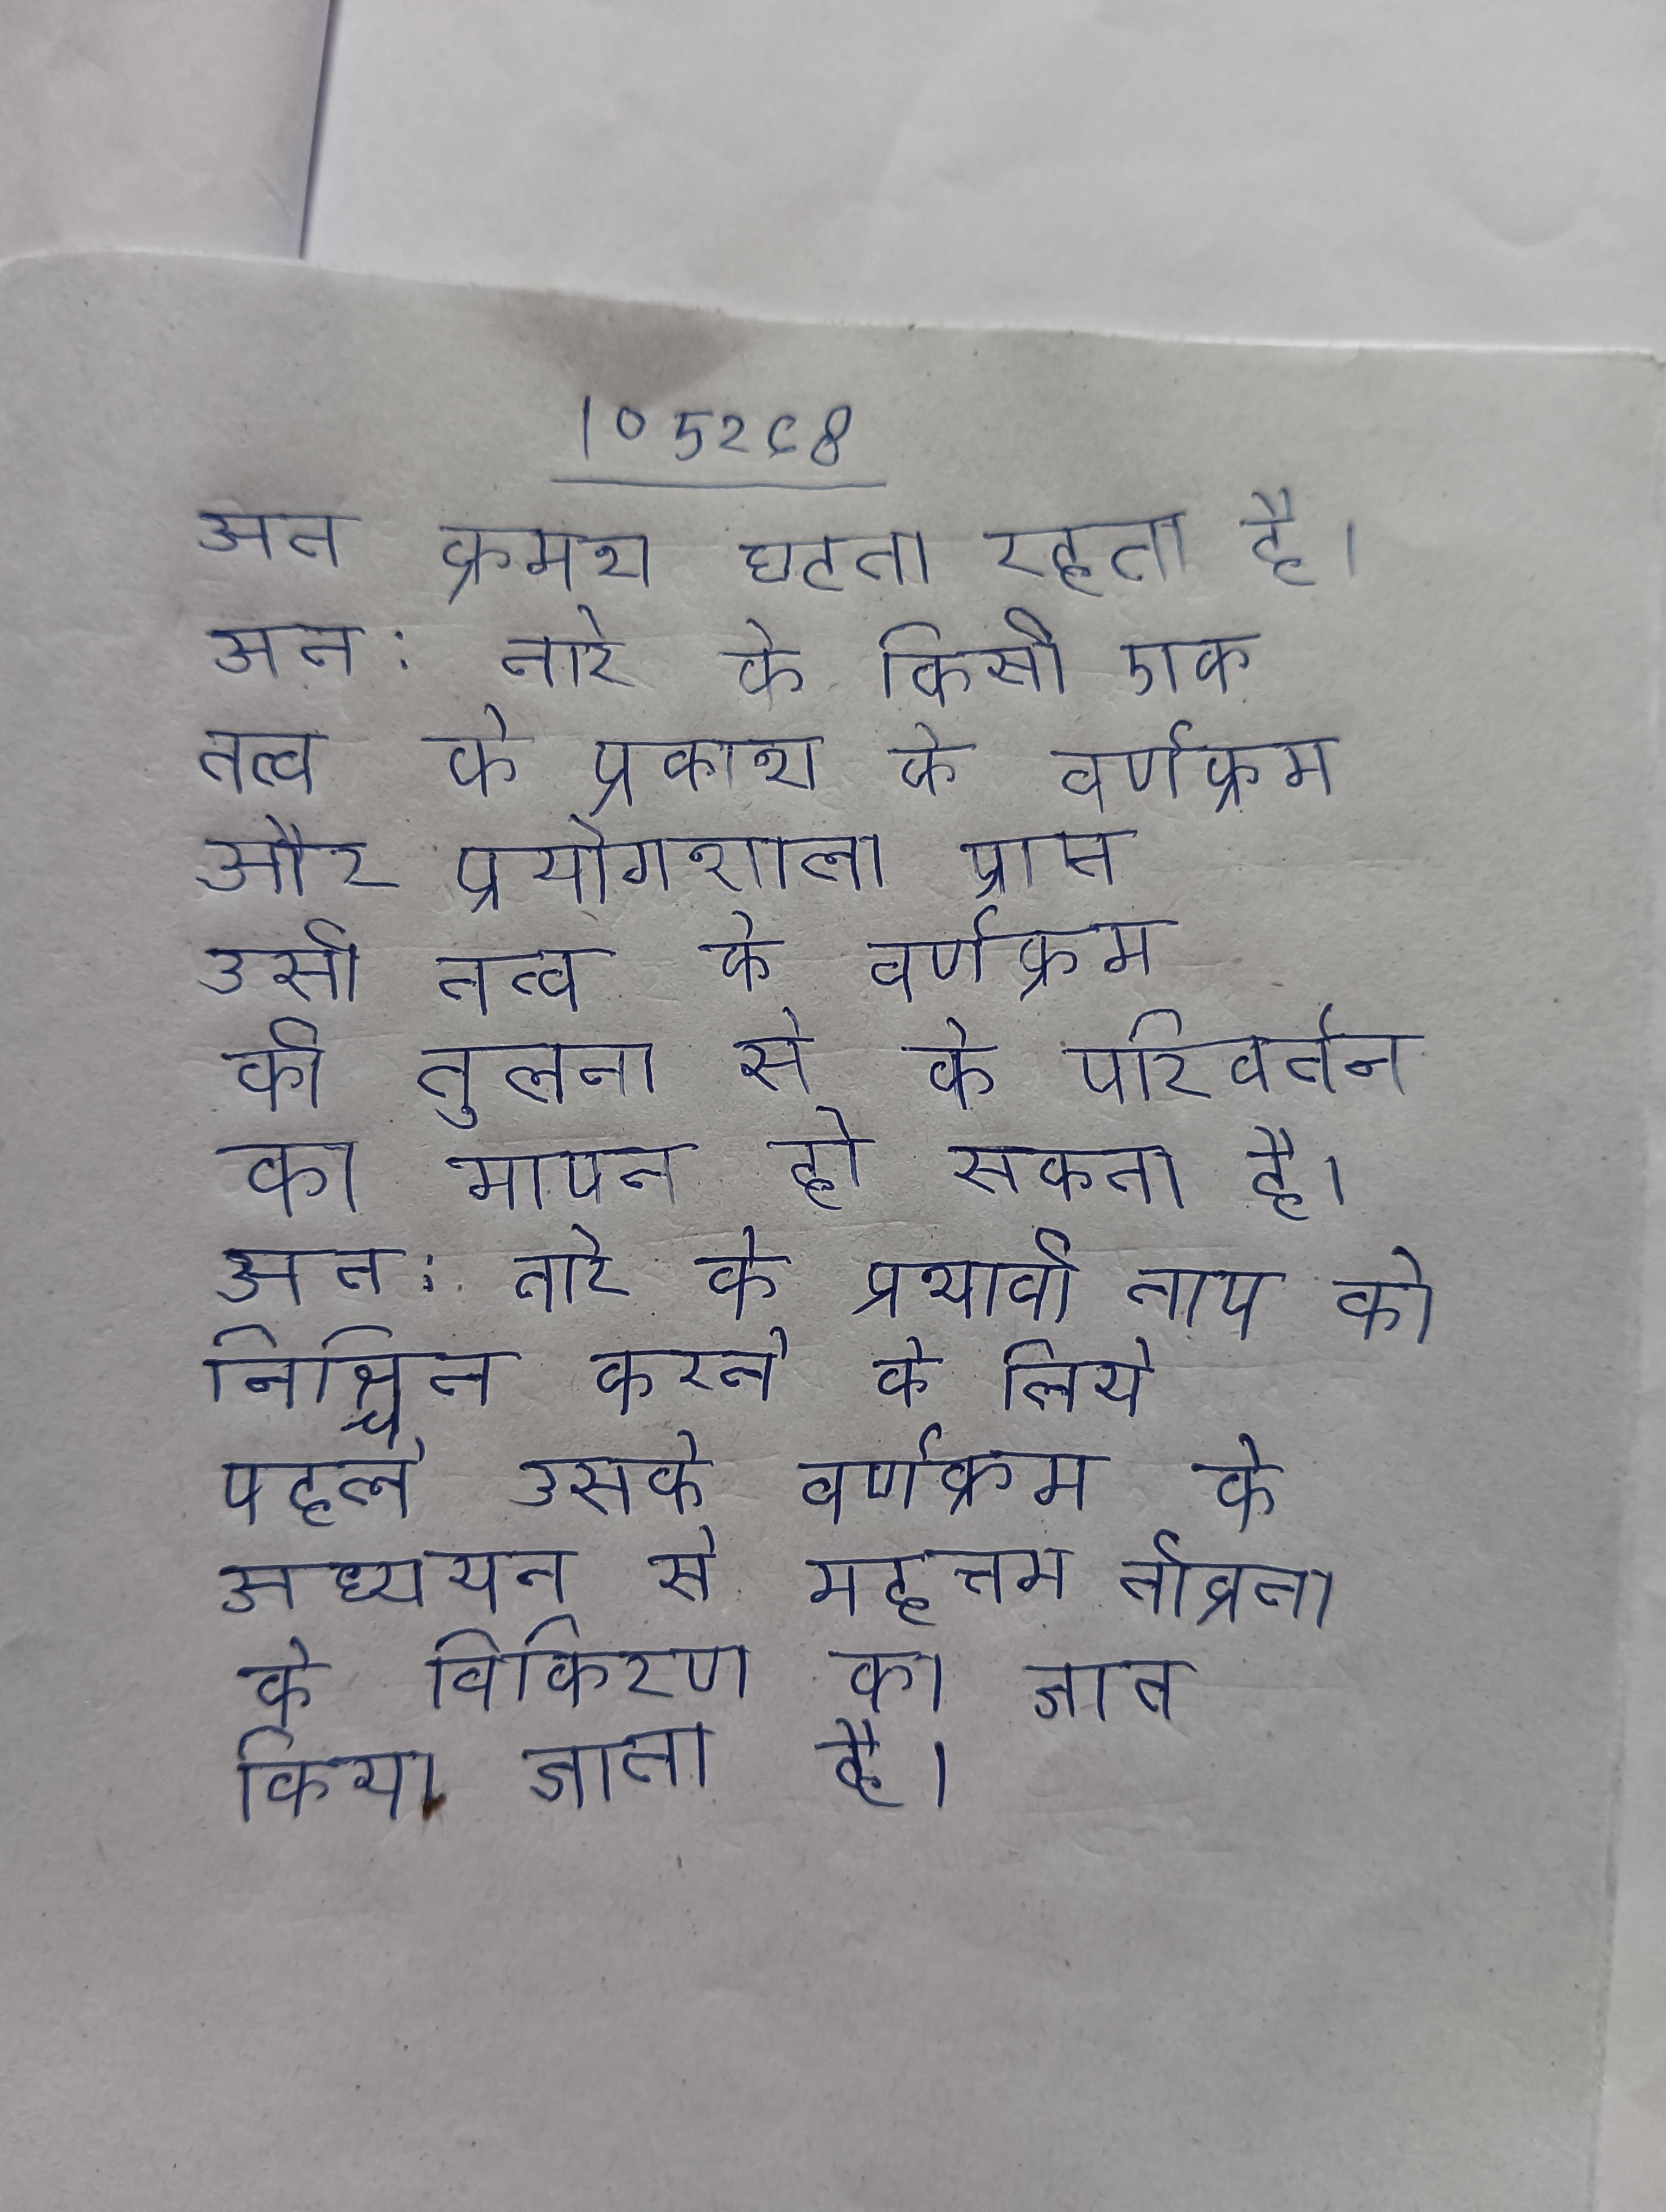
अत क्रमश घटता रहता है । अत: तारे के किसी एक तत्व के प्रकाश के वर्णक्रम और प्रयोगशाला प्राप्त उसी तत्व के वर्णक्रम की तुलना से के परिवर्तन का मापन हो सकता है । अत: तारे के प्रभावी ताप को निश्चित करने के लिये पहले उसके वर्णक्रम के अध्ययन से महत्तम तीव्रता के विकिरण का ज्ञात किया जाता है ।